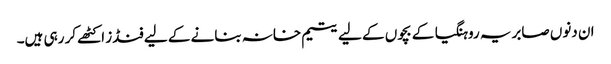
ان دنوں صابریہ روہنگیا کے بچوں کے لیے یتیم خانہ بنانے کے لیے فنڈز اکٹھے کر رہی ہیں۔